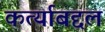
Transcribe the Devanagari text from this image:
कर्त्याबद्दल